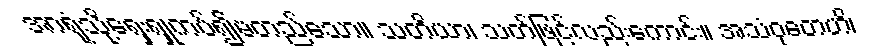
အာရုံသို့ရှေးရှုကပ်၍မတည်သော။ သတိယာ၊ သတ်ဖြင့်လည်းကောင်း။ အသံဝုတေဟိ၊